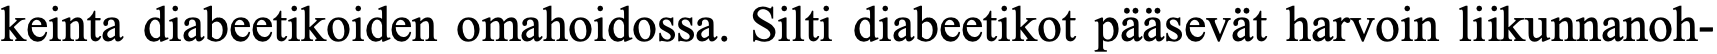
keinta diabeetikoiden omahoidossa. Silti diabeetikot pääsevät harvoin liikunnanoh-